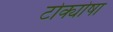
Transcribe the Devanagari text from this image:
टोक्योषा